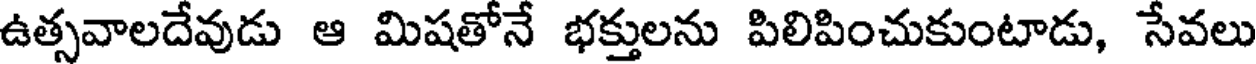
ఉత్సవాలదేవుడు ఆ మిషతోనే భక్తులను పిలిపించుకుంటాడు, సేవలు